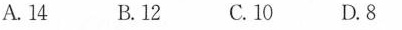
A.14 B.12 C.10 D.8